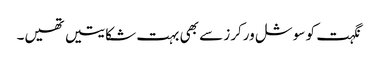
نگہت کو سوشل ورکرز سے بھی بہت شکایتیں تھیں۔